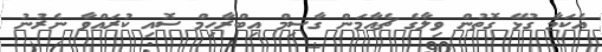
އެކަމާ ގުޅޭ ގޮތުން ވިލާގެ ޗެއާމަން ގާސިމް އިބްރާހިމް ސޮއި ކުރައްވާ ނެރުނު